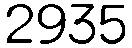
2935